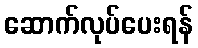
ဆောက်လုပ်ပေးရန်